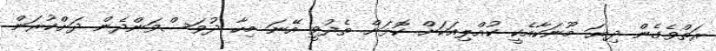
ރަތްވެގެން ދިޔަ މޫނަކާއެކީ ކުއްލިއަކަށް ކޮޅަށް ތެދުވީ އޭނަ މިހާ ދުވަސްވަންދެން ދަށްކުރަން